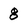
Character: 8